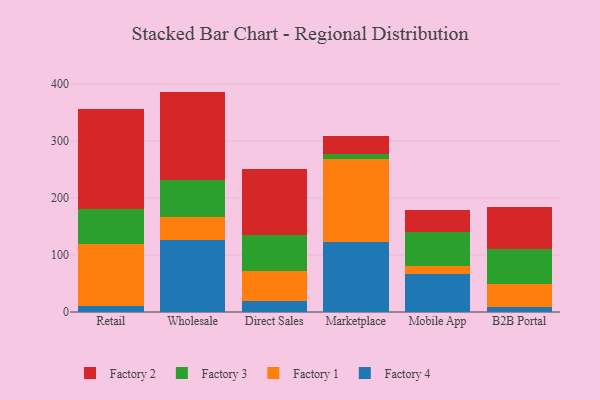
{"axis": {"x": "Channel", "y": "Website Visitors"}, "legend": ["Factory 1", "Factory 2", "Factory 3", "Factory 4"], "data": [{"x": "Retail", "y": 10.4, "type": "Factory 4"}, {"x": "Retail", "y": 108.4, "type": "Factory 1"}, {"x": "Retail", "y": 62.7, "type": "Factory 3"}, {"x": "Retail", "y": 174.7, "type": "Factory 2"}, {"x": "Wholesale", "y": 126.6, "type": "Factory 4"}, {"x": "Wholesale", "y": 40.0, "type": "Factory 1"}, {"x": "Wholesale", "y": 65.5, "type": "Factory 3"}, {"x": "Wholesale", "y": 154.6, "type": "Factory 2"}, {"x": "Direct Sales", "y": 20.1, "type": "Factory 4"}, {"x": "Direct Sales", "y": 51.8, "type": "Factory 1"}, {"x": "Direct Sales", "y": 63.3, "type": "Factory 3"}, {"x": "Direct Sales", "y": 116.2, "type": "Factory 2"}, {"x": "Marketplace", "y": 122.7, "type": "Factory 4"}, {"x": "Marketplace", "y": 144.9, "type": "Factory 1"}, {"x": "Marketplace", "y": 9.2, "type": "Factory 3"}, {"x": "Marketplace", "y": 32.1, "type": "Factory 2"}, {"x": "Mobile App", "y": 66.8, "type": "Factory 4"}, {"x": "Mobile App", "y": 14.0, "type": "Factory 1"}, {"x": "Mobile App", "y": 60.3, "type": "Factory 3"}, {"x": "Mobile App", "y": 38.7, "type": "Factory 2"}, {"x": "B2B Portal", "y": 8.5, "type": "Factory 4"}, {"x": "B2B Portal", "y": 41.4, "type": "Factory 1"}, {"x": "B2B Portal", "y": 60.0, "type": "Factory 3"}, {"x": "B2B Portal", "y": 74.1, "type": "Factory 2"}]}